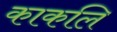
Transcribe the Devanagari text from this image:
काकलि